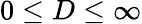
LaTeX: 0\le D\le\infty